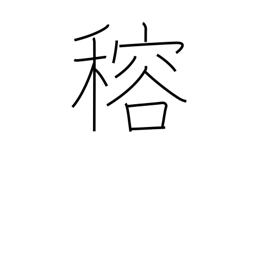
Meaning: (ghost kanji)